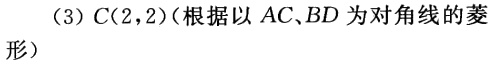
（3）$C(2,2)$（根据以 \(AC、BD\) 为对角线的菱